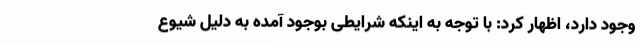
وجود دارد، اظهار کرد: با توجه به اینکه شرایطی بوجود آمده به دلیل شیوع